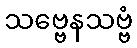
သဗ္ဗေနသဗ္ဗံ